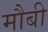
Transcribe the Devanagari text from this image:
मौबी